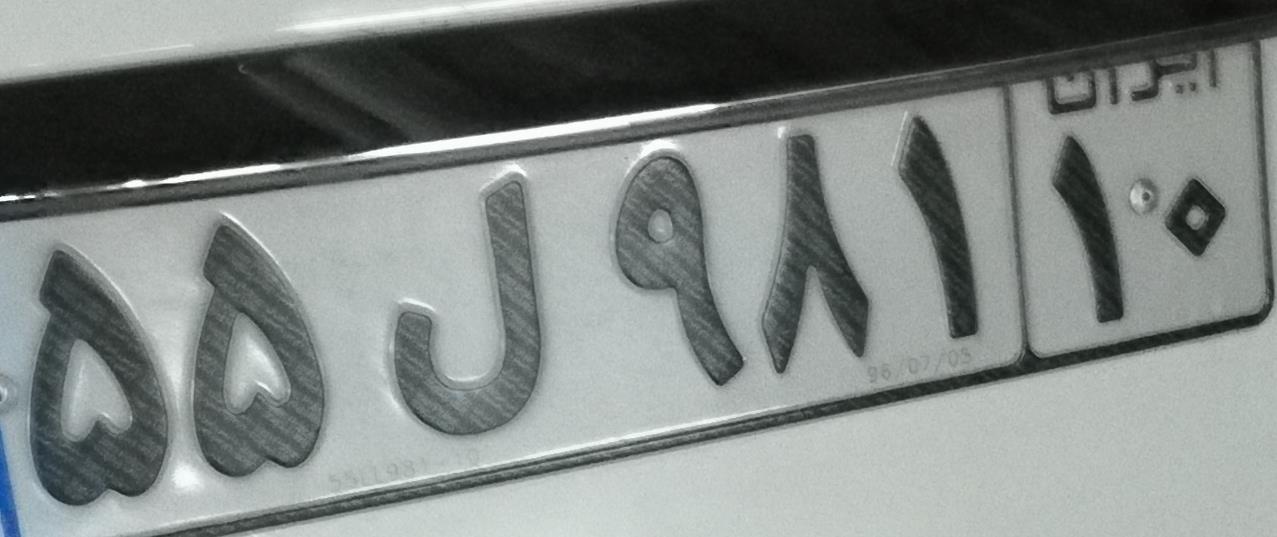
۵۵ل۹۸۱۱۰